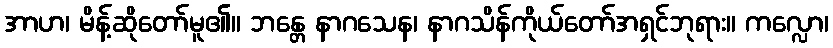
အာဟ၊ မိန့်ဆိုတော်မူ၏။ ဘန္တေ နာဂသေန၊ နာဂသိန်ကိုယ်တော်အရှင်ဘုရား။ ကလ္လော၊